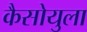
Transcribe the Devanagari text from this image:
कैसोयुला